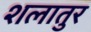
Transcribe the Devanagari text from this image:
शलातुर